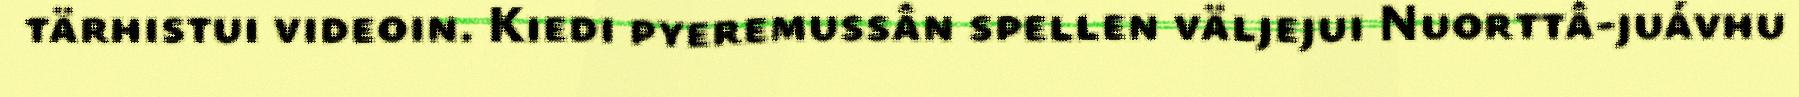
tärhistui videoin. Kiedi pyeremussân spellen väljejui Nuorttâ-juávhu